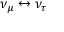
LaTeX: \nu _ { \mu } \leftrightarrow \nu _ { \tau }